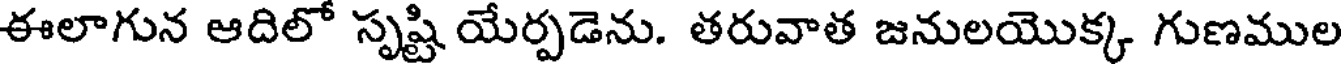
ఈలాగున ఆదిలో సృష్టి యేర్పడెను. తరువాత జనులయొక్క గుణముల